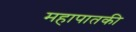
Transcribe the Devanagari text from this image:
महापातकी